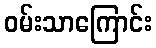
ဝမ်းသာကြောင်း